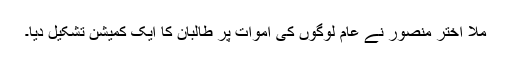
ملا اختر منصور نے عام لوگوں کی اموات پر طالبان کا ایک کمیشن تشکیل دیا۔